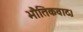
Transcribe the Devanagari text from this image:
भौतिकवाद।